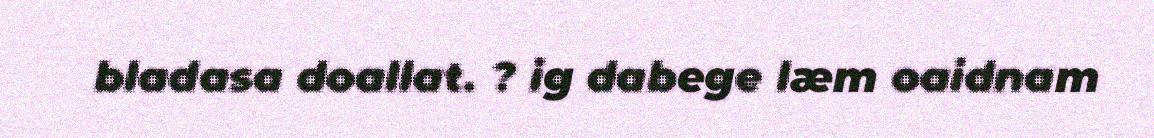
bladasa doallat. ? ig dabege læm oaidnam